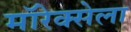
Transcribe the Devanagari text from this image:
मॉरेक्सेला